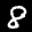
Label: 8